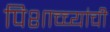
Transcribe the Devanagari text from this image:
पिशाच्च्यांची